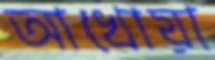
আখোয়া